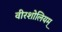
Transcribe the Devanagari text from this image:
वीरशोलियम्